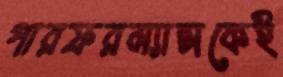
পারফরম্যান্সকেই